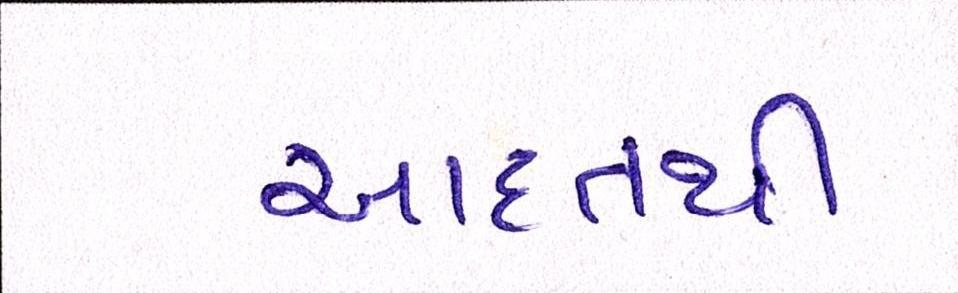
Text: આદતથી